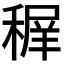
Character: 𥠧